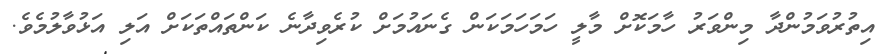
އިތުރުވަމުންދާ މިންވަރު ހާމަކޮށް މާލީ ހަމަހަމަކަން ގެނައުމަށް ކުރެވިދާނެ ކަންތައްތަކަށް އަލި އަޅުވާލުމެވެ.